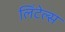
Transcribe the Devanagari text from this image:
लिंटेल्स